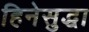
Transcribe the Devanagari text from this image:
हिनेसुद्धा